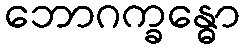
ဘောဂက္ခန္ဓော